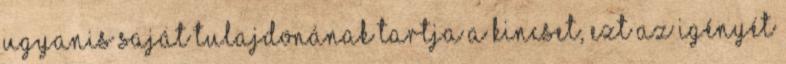
ugyanis saját tulajdonának tartja a kincset, ezt az igényét